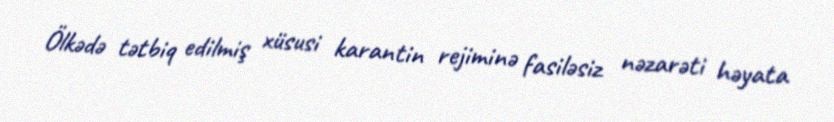
Ölkədə tətbiq edilmiş xüsusi karantin rejiminə fasiləsiz nəzarəti həyata